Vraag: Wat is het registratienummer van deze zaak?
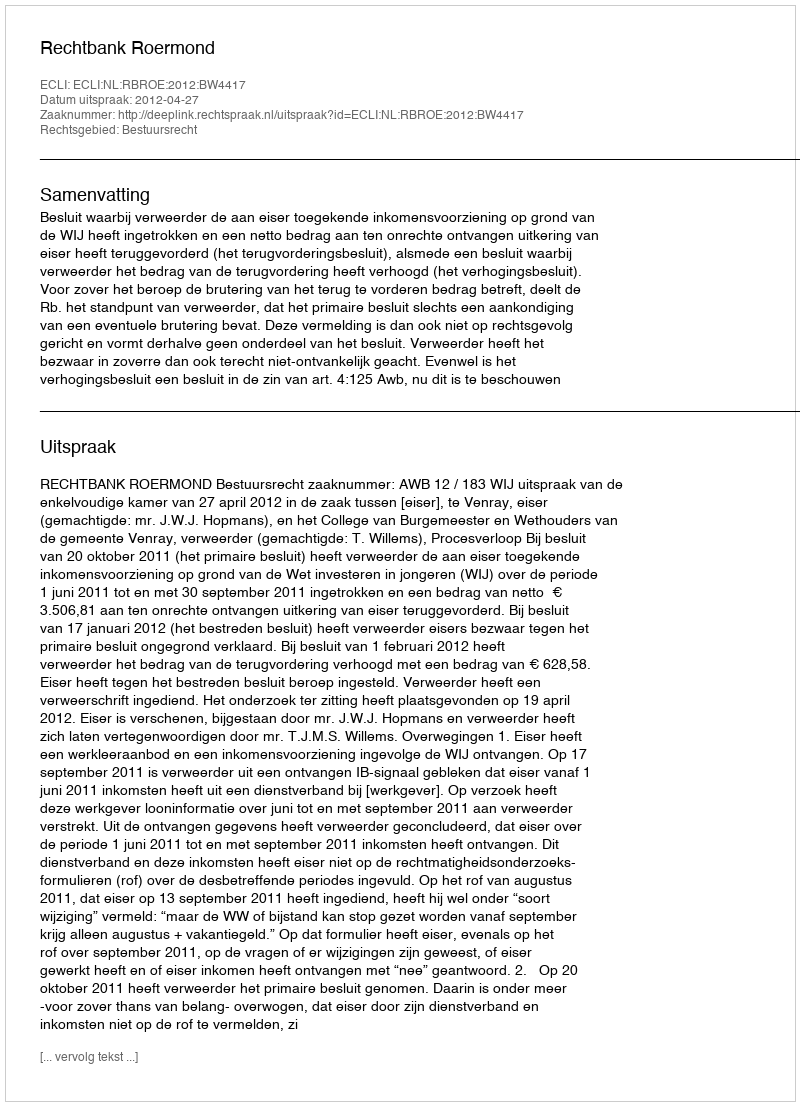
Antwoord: http://deeplink.rechtspraak.nl/uitspraak?id=ECLI:NL:RBROE:2012:BW4417